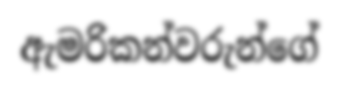
ඇමරිකන්වරුන්ගේ